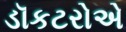
ડૉકટરોએ